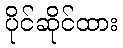
ပိုင်ဆိုင်ထား